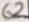
Text: 62